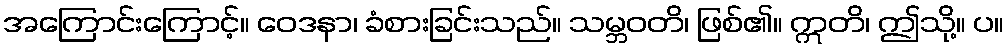
အကြောင်းကြောင့်။ ဝေဒနာ၊ ခံစားခြင်းသည်။ သမ္ဘဝတိ၊ ဖြစ်၏။ ဣတိ၊ ဤသို့။ ပ။